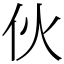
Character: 伙